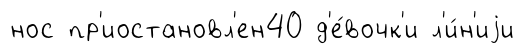
нос пр'иостановл'ен40 д'е́вочк'и л'и́н'иjи